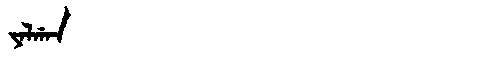
Manchu: ᠶᠠᠯᡤᠠᠨ
Romanization: YALGAN